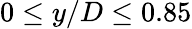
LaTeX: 0\leq y/D\leq 0.85